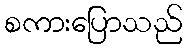
စကားပြောသည်